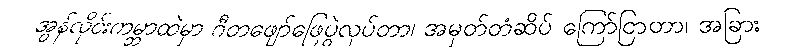
အွန်လိုင်းကမ္ဘာထဲမှာ ဂီတဖျော်ဖြေပွဲလုပ်တာ၊ အမှတ်တံဆိပ် ကြော်ငြာတာ၊ အခြား